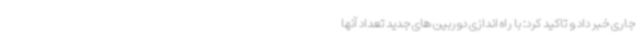
جاری خبر داد و تاکید کرد: با راه اندازی دوربین های جدید تعداد آنها